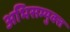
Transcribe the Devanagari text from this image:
अभिसम्युक्त